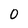
Character: 0